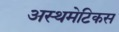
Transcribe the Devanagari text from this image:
अस्थमेटिकस